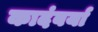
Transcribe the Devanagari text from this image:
कादंबर्या